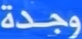
وجدة